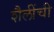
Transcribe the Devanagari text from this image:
शैलींची